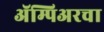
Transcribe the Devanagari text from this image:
ॲम्पिअरचा